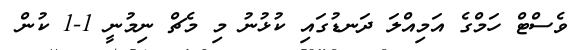
ވެސްޓް ހަމްގެ އަމިއްލަ ދަނޑުގައި ކުޅުނު މި މެޗް ނިމުނީ 1-1 ކުން